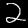
Label: 2